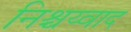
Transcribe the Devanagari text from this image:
निश्चय्वाद